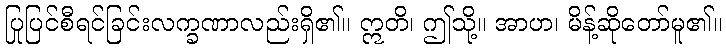
ပြုပြင်စီရင်ခြင်းလက္ခဏာလည်းရှိ၏။ ဣတိ၊ ဤသို့။ အာဟ၊ မိန့်ဆိုတော်မူ၏။